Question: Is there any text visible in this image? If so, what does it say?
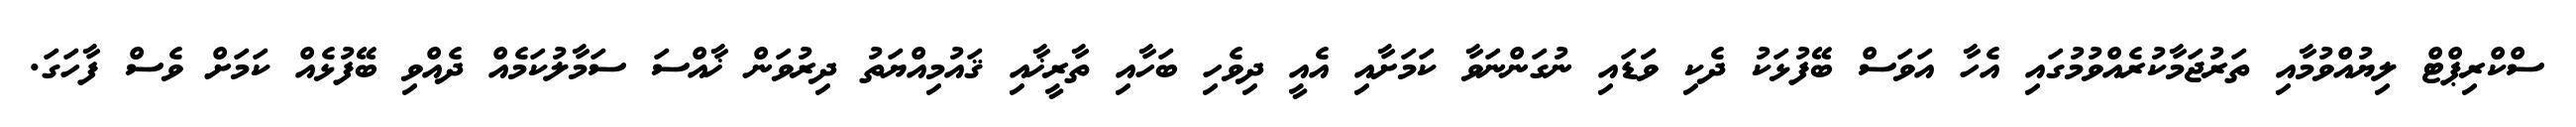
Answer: ސްކްރިޕްޓް ލިޔުއްވުމާއި ތަރުޖަމާކުރެއްވުމުގައި އެހާ އަވަސް ބޭފުޅަކު ދެކި ވަަޑައި ނުގަންނަވާ ކަމަށާއި އެއީ ދިވެހި ބަހާއި ތާރީޚާއި ޤައުމިއްޔަތު ދިރުވަން ޚާއްސަ ސަމާލުކަމެއް ދެއްވި ބޭފުޅެއް ކަމަށް ވެސް ފާހަގަ.